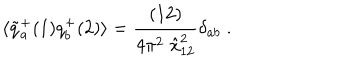
\langle \tilde { q } _ { a } ^ { + } ( 1 ) q _ { b } ^ { + } ( 2 ) \rangle = { \frac { ( 1 2 ) } { 4 \pi ^ { 2 } \; \hat { x } _ { 1 2 } ^ { 2 } } } \delta _ { a b } \; .